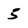
Character: 5